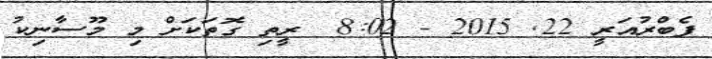
ފެބްރުއަރީ 22